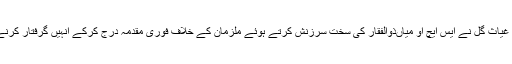
ڈی پی او ،سردار غیاث گل نے ایس ایچ او میاںذوالفقار کی سخت سرزنش کرتے ہوئے ملزمان کے خلاف فوری مقدمہ درج کرکے انہیں گرفتار کرنے کا حکم دے دیا۔